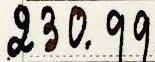
230.99